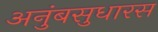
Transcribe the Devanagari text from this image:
अनुंबसुधारस